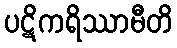
ပဋိကရိဿာမီတိ